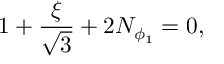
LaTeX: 1 + \frac { \xi } { \sqrt 3 } + 2 N _ { \phi _ { 1 } } = 0 ,